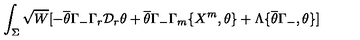
\int _ { \Sigma } \sqrt { W } [ - \overline { { \theta } } \Gamma _ { - } \Gamma _ { r } \mathcal { D } _ { r } \theta + \overline { { \theta } } \Gamma _ { - } \Gamma _ { m } \{ X ^ { m } , \theta \} + \Lambda \{ \overline { { \theta } } \Gamma _ { - } , \theta \} ]